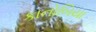
કાનોબિયા